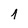
Character: 1